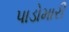
પાડોમારી